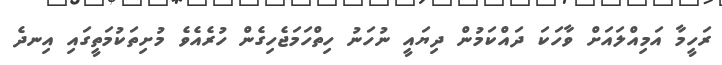
ރަހީމާ އަމިއްލައަށް ވާހަކަ ދައްކަމުން ދިޔައީ ނުހަނު ހިތްހަމަޖެހިގެން ހުރެއެވެ މުށިތަކުމަތީގައި އިނދެ